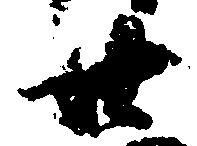
廿